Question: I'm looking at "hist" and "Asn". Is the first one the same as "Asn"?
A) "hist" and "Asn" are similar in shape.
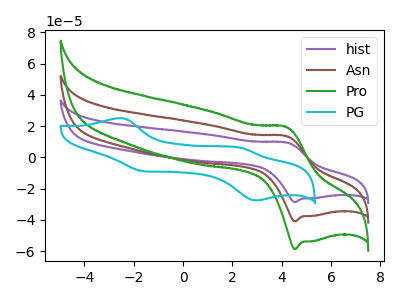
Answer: <think>The purple curve "hist" has an anodic peak at (4.15V, 9.55uA) and a cathodic peak at (4.55V, -28.70uA). The brown curve "Asn" has an anodic peak at (4.15V, 13.65uA) and a cathodic peak at (4.55V, -41.05uA). The green curve "Pro" has an anodic peak at (4.15V, 27.35uA) and a cathodic peak at (4.55V, -82.10uA). The cyan curve "PG" has anodic peaks at (-2.55V, 25.10uA) (2.40V, 5.85uA) and cathodic peaks at (-1.60V, -8.85uA) (2.95V, -27.55uA).
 All the peaks in "hist" have a peak in "Asn" at the same potential. Every peak in "hist" is lower than every peak in "Asn".</think>
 <answer>A) "hist" and "Asn" are similar in shape.</answer>
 <eval>A</eval>